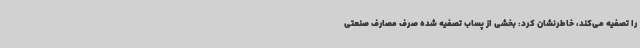
را تصفیه می‌کند، خاطرنشان کرد: بخشی از پساب تصفیه شده صرف مصارف صنعتی